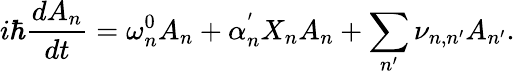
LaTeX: i\hbar\frac{dA_{n}}{dt}=\omega_{n}^{0}A_{n}+\alpha_{n}^{'}X_{n}A_{n}+\sum_{n^{\prime}}{\nu_{n,n^{\prime}}A_{n^{\prime}}}.